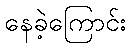
နေခဲ့ကြောင်း